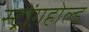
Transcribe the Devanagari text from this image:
स्ट्रोंगहोल्ड